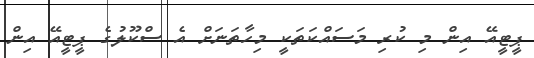
ޕީޓީއޭ އިން މި ކުރި މަސައްކަތަކީ މިހާތަނަށް އެ ސްކޫލުގެ ޕީޓީއޭ އިން